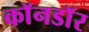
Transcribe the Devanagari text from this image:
काॅनडाॅर